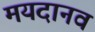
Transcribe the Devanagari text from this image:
मयदानव